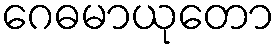
ဂေဓမာယုတော